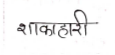
मजकूर: शाकाहारी